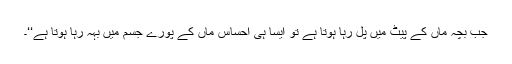
جب بچہ ماں کے پیٹ میں پل رہا ہوتا ہے تو ایسا ہی احساس ماں کے پورے جسم میں بہہ رہا ہوتا ہے‘‘۔